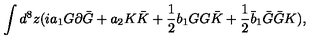
\int d ^ { 8 } z ( i a _ { 1 } G \partial \bar { G } + a _ { 2 } K \bar { K } + { \mathrm { \small { \frac 1 2 } } } b _ { 1 } G G \bar { K } + { \mathrm { \small { \frac 1 2 } } } \bar { b } _ { 1 } \bar { G } \bar { G } K ) ,